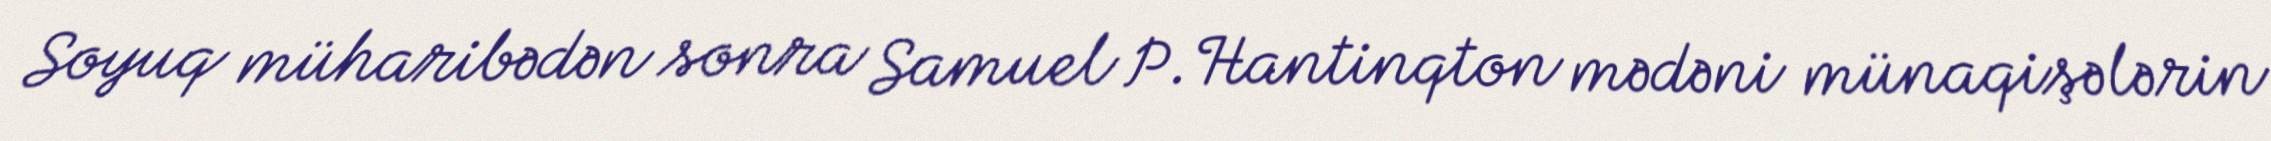
Soyuq müharibədən sonra Samuel P.Hantinqton mədəni münaqişələrin